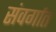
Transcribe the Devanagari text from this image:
संवर्गात